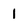
Character: 1